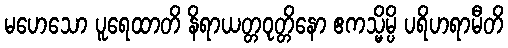
မဟေသော ပူရေထာတိ နိရာယတ္တဝုတ္တိနော ဧကသ္မိမ္ပိ ပရိဟရာမီတိ